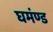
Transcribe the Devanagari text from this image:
घमंण्ड